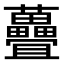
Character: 𫊜